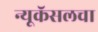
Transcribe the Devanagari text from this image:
न्यूकॅसलचा